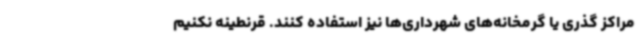
مراکز گذری یا گرمخانه‌های شهرداری‌ها نیز استفاده کنند. قرنطینه نکنیم